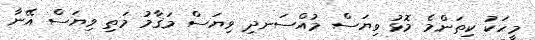
މީހަކު ކިތަންމެ މޮޅު ވިޔަސް މުއްސަނދި ވިޔަސް މަޤާމު މަތި ވިޔަސް އޭނާ